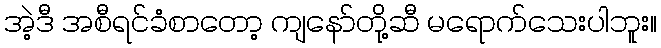
အဲ့ဒီ အစီရင်ခံစာတော့ ကျနော်တို့ဆီ မရောက်သေးပါဘူး။